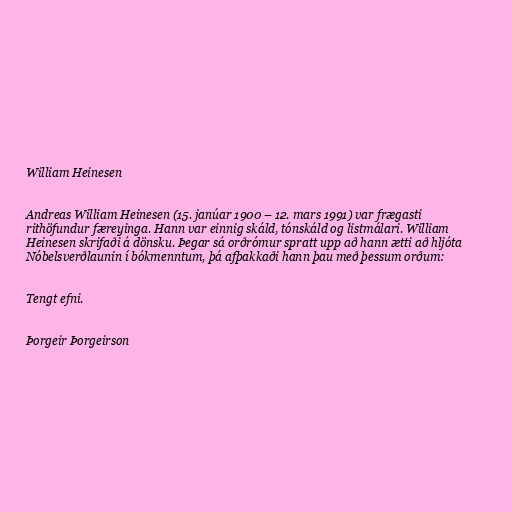
William Heinesen

Andreas William Heinesen (15. janúar 1900 – 12. mars 1991) var frægasti
rithöfundur færeyinga. Hann var einnig skáld, tónskáld og listmálari. William
Heinesen skrifaði á dönsku. Þegar sá orðrómur spratt upp að hann ætti að hljóta
Nóbelsverðlaunin í bókmenntum, þá afþakkaði hann þau með þessum orðum:

Tengt efni.

Þorgeir Þorgeirson